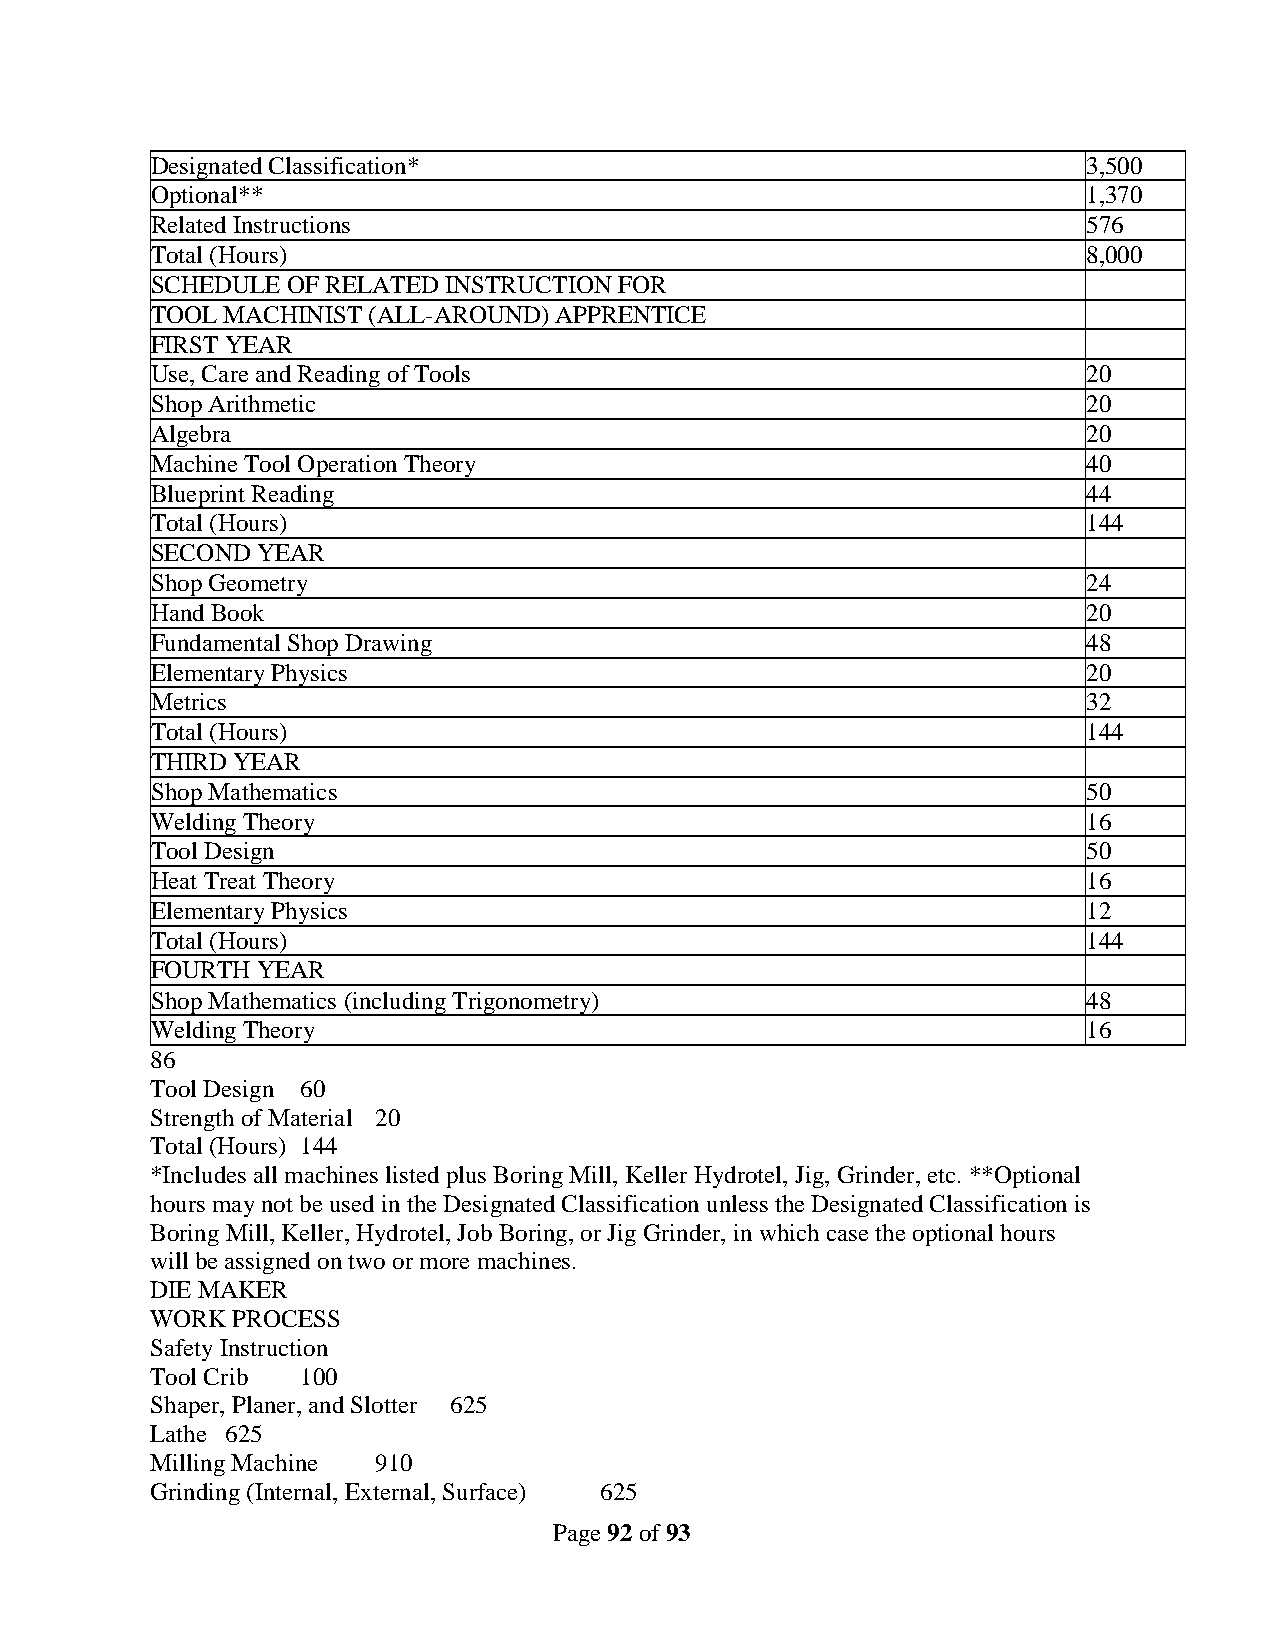
Designated Classification*                                    3,500
 Optional**                                                    1,370
 Related Instructions                                          576
 Total (Hours)                                                 8,000
 SCHEDULE OF RELATED INSTRUCTION FOR
 TOOL MACHINIST (ALL-AROUND) APPRENTICE
 FIRST YEAR
 Use, Care and Reading of Tools                                20
 Shop Arithmetic                                               20
 Algebra                                                       20
 Machine Tool Operation Theory                                 40
 Blueprint Reading                                             44
 Total (Hours)                                                 144
 SECOND YEAR
 Shop Geometry                                                 24
 Hand Book                                                     20
 Fundamental Shop Drawing                                      48
 Elementary Physics                                            20
 Metrics                                                       32
 Total (Hours)                                                 144
 THIRD YEAR
 Shop Mathematics                                              50
 Welding Theory                                                16
 Tool Design                                                   50
 Heat Treat Theory                                             16
 Elementary Physics                                            12
 Total (Hours)                                                 144
 FOURTH YEAR
 Shop Mathematics (including Trigonometry)                     48
 Welding Theory                                                16
 86
 Tool Design 60
 Strength of Material 20
 Total (Hours) 144
 *Includes all machines listed plus Boring Mill, Keller Hydrotel, Jig, Grinder, etc. **Optional
 hours may not be used in the Designated Classification unless the Designated Classification is
 Boring Mill, Keller, Hydrotel, Job Boring, or Jig Grinder, in which case the optional hours
 will be assigned on two or more machines.
 DIE MAKER
 WORK PROCESS
 Safety Instruction
 Tool Crib 100
 Shaper, Planer, and Slotter 625
 Lathe 625
 Milling Machine 910
 Grinding (Internal, External, Surface) 625
 Page 92 of 93